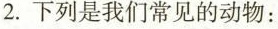
2.下列是我们常见的动物：